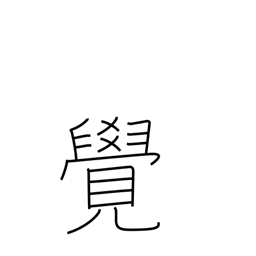
Meaning: memorize